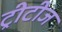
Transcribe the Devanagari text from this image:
ट्रीटीज